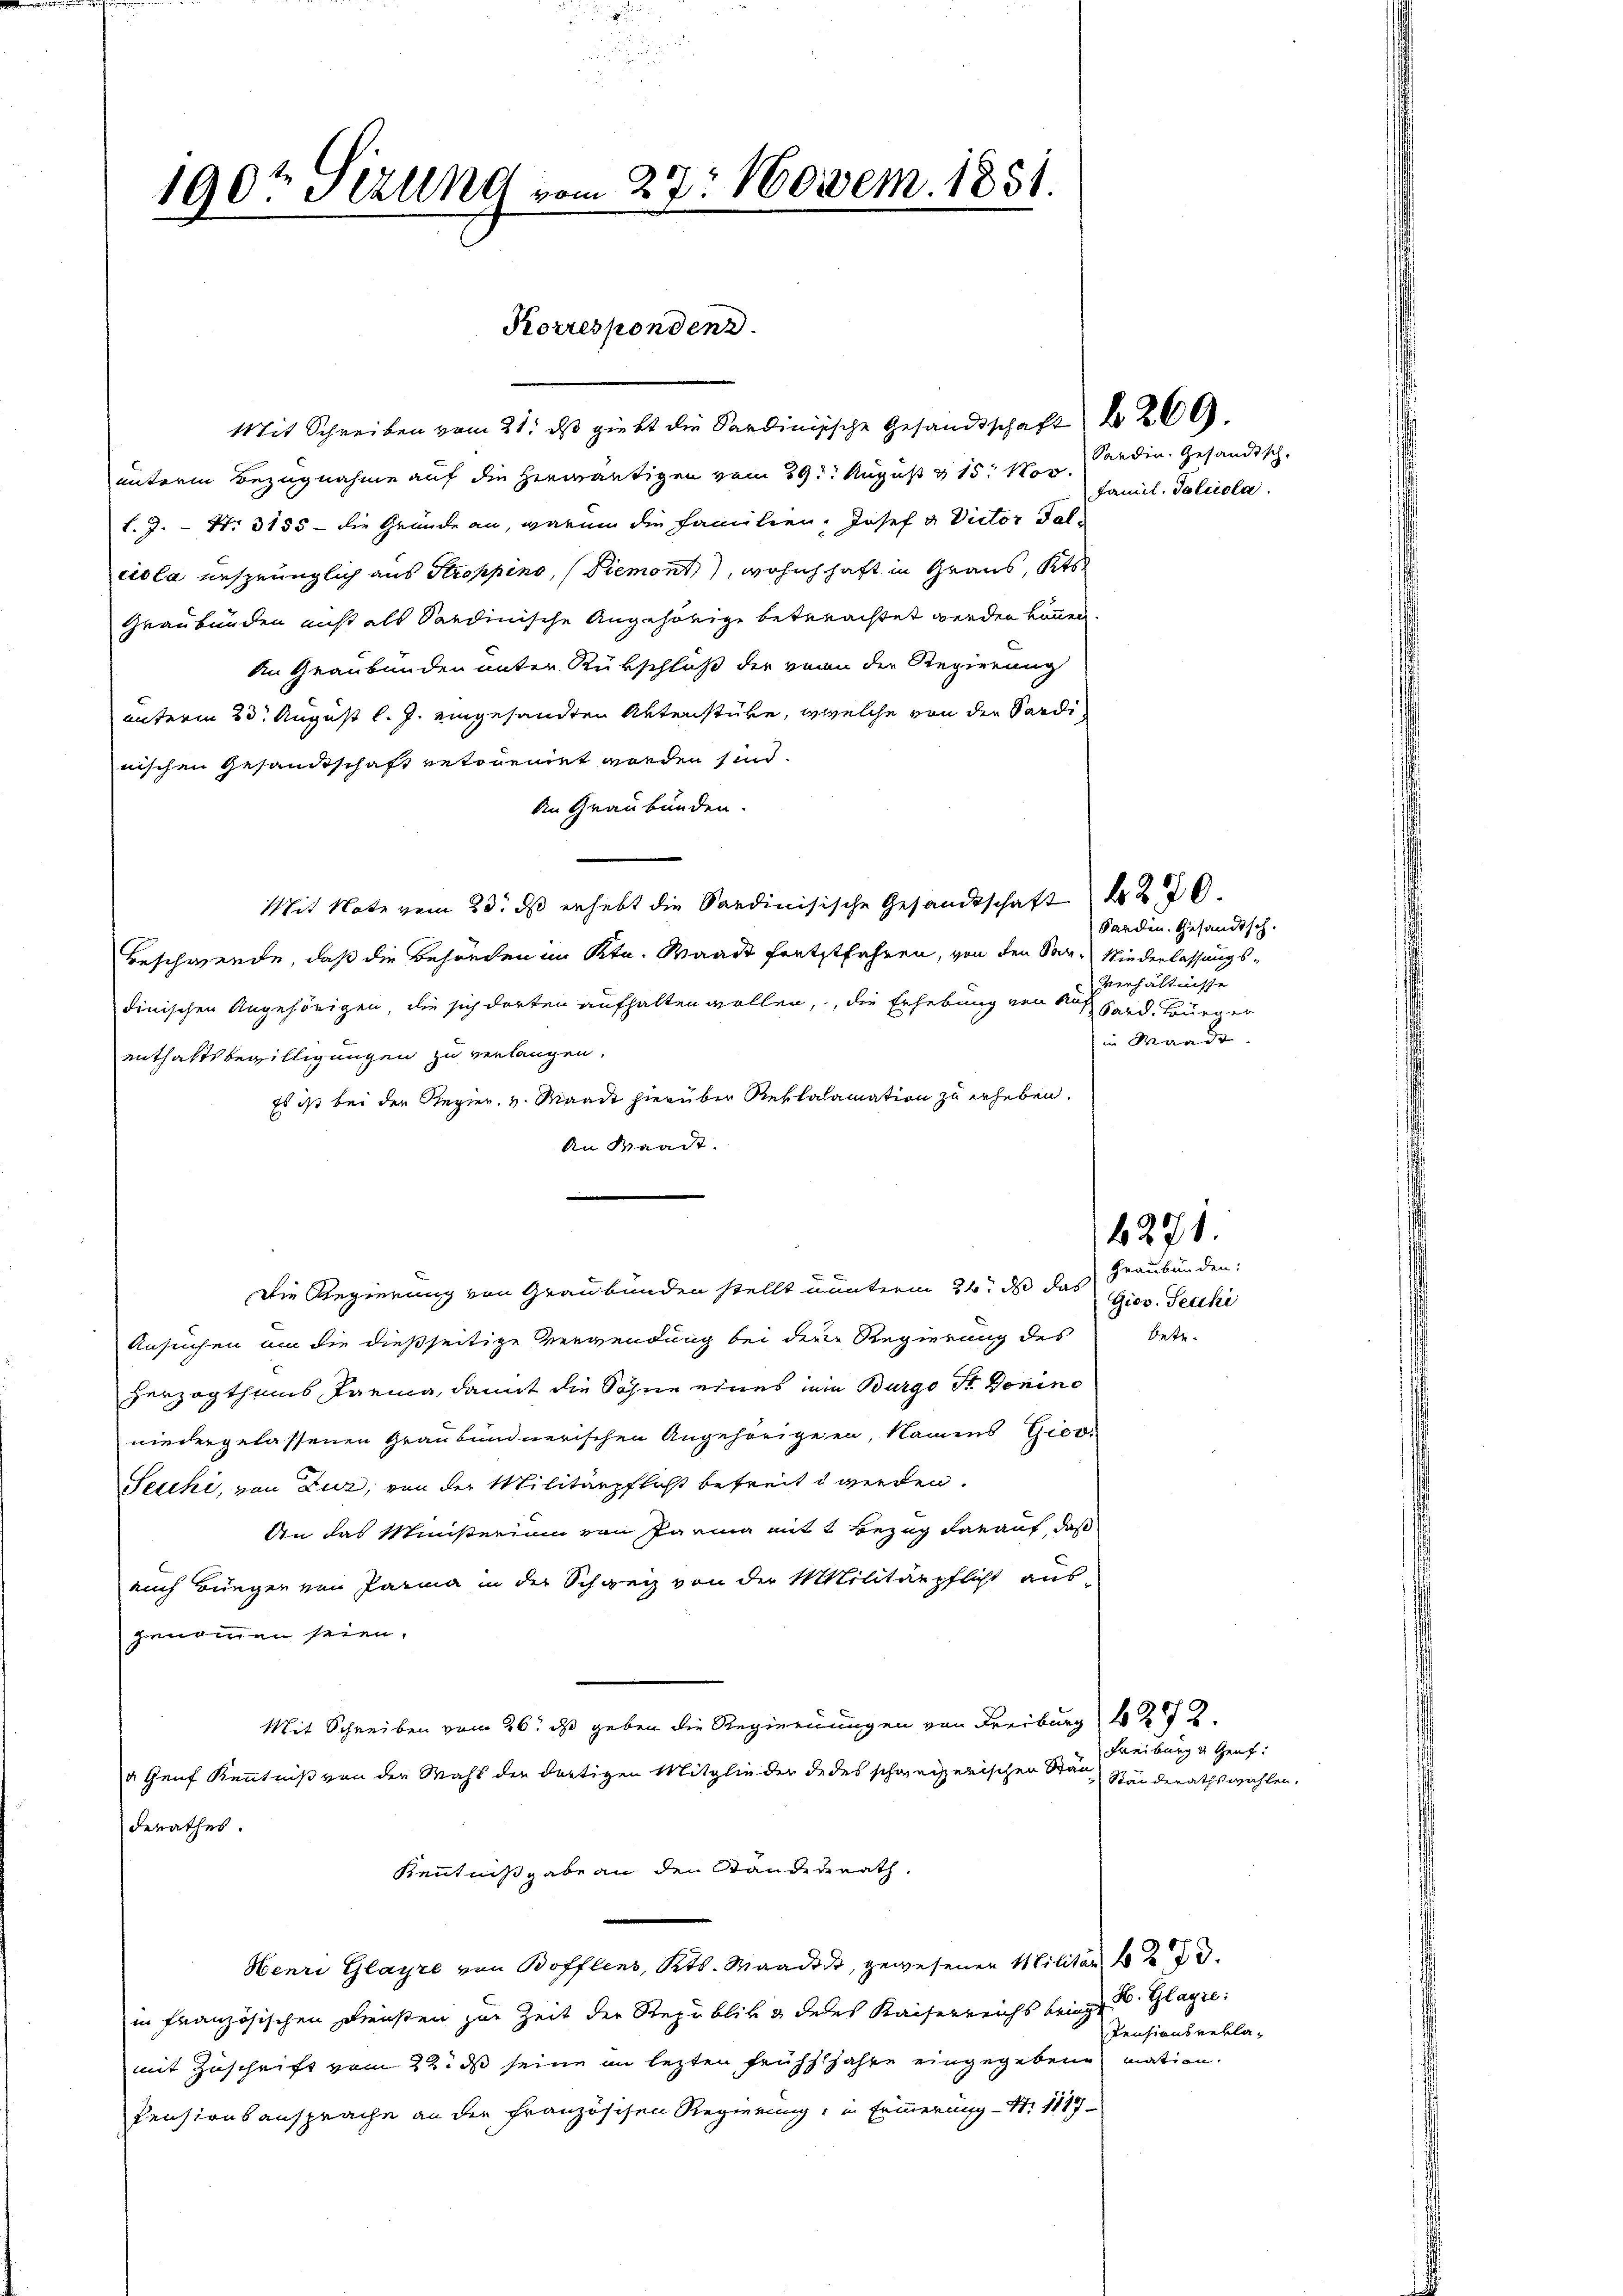
190t Sizung vom 27. Novem. 1851.
d

Korrespondenz.

Mit Schreiben vom 21. ds giebt die Sardinische Gesandtschaft 26.
unterm Bezugnahme auf die herwärtigen vom 29. August v. 15. Nov.
l. J. - No. 3155 - die Gründe an, warum die Familien. Josef u. Victor Falciola ersprünglich aus Stroppino, (Piemont), wohnhaft in Graus, Kts
Graubünden nicht als Sardinische Angehörige betrachtet werden können.
An Graubünden unter Rückschluß der von der Regierung
unterm 30. August l. J. eingesandten Aktenstüre, welche von der Sardinischen Gesandtschaft retonenet worden sind.
An Graubünden.
Mit Note vom 23. ds erhebt die Sardinisische Gesandtschaft 270.
Beschwerde, daß die Behörden im Ktn. Waadt fertstfahren, von den San Niederlassungsdinischen Angehörigen, die sich dorten aufhalten wollen, die Erhebung von das sind. Ei
enthaltsbewilligungen zu verlangen.
Es ist bei der Regier, v. Waadt hierüber Reklalamation zu erheben.
An Waadt.
Die Regierung von Graubünden stellt unterm 24. da das Graubünden
Ansuchen an die dießseitige Verwendung bei dere Regierung des betr.
Herzogthums Barma, damit die Söhne eines in Burgo St. Donino
niedergelassenen Graubündnerischen Angehörigern, Namens Giov
Secchi, von Zur, von der Militärpflicht betreit werden.
An das Ministerium von Parma mit 1 Bezug darauf, daß
auch Bürger von Parina in der Schweiz von der Militärpflicht ausgenommen seien.
Mit Schreiben vom 26. ds geben die Regierungen von Freiburg 1272.
a Genf Kenntniß von der Wahl der dortigen Mitglieder de des schweizerischen Stän
derathes.
Kenntnißgabe an den Standesrath,
Henri Glayre von Bofflens, Kts. Waadt, gewesenen Militär 42.
in Französischen Diensten zur Zeit der Republik & dedes Kaiserreichs bringt. B. Glagre:
mit Zuschrift vom 22. ds seine an lezten frühhljahre eingegebene mation.
Pensionsansprache an der französchen Regierung, in Erinnerung N. 1117

Sardin. Gesandtsch-
Famil. Falciola.

Sardin. Gesandtsch.
Verhältnisse
in Mande

4271.

Giov. Teuche

Freiburg u Heut
Standerathswahlen.

Pensionsrekla¬